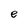
Character: e